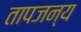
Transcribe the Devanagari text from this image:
तापजन्य